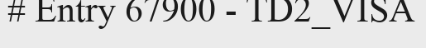
# Entry 67900 - TD2_VISA